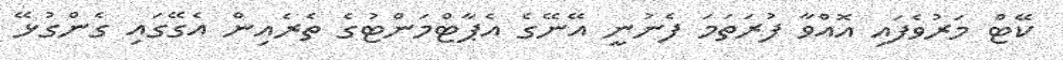
ކޭޓް މަރުވެފައި އޮއްވާ ފުރަތަމަ ފެނުނީ އޭނޭގެ އެޕާޓްމަންޓުގެ ތެރެއިން އެގޭގައި ގެންގުޅޭ